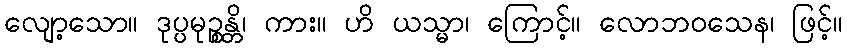
လျော့သော။ ဒုပ္ပမုဉ္စန္တိ၊ ကား။ ဟိ ယသ္မာ၊ ကြောင့်။ လောဘဝသေန၊ ဖြင့်။